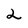
Character: 2